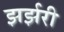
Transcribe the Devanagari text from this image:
झर्झरी